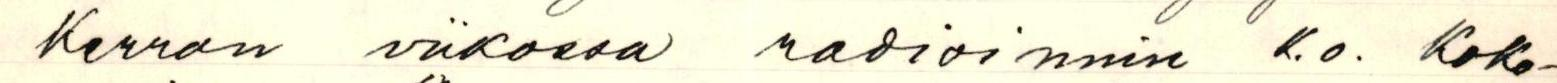
Kerran viikossa radioinnin K.o. Koko-